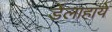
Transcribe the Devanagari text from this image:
डेलाहाये